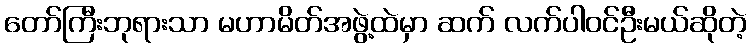
တော်ကြီးဘုရားသာ မဟာမိတ်အဖွဲ့ထဲမှာ ဆက် လက်ပါဝင်ဦးမယ်ဆိုတဲ့